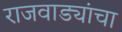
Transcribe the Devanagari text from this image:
राजवाड्यांचा